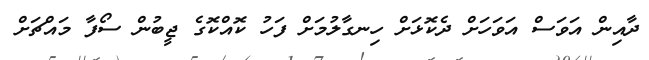
ދާއިން އަވަސް އަވަހަށް ދެކޮޅަށް ހިނގާލުމަށް ފަހު ކޮއްކޮގެ ޖީބުން ސޯފާ މައްޗަށް